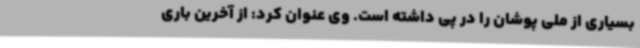
بسیاری از ملی پوشان را در پی داشته است. وی عنوان کرد: از آخرین باری